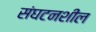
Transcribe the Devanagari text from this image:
संघटनशील